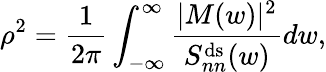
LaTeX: \rho^{2}=\frac{1}{2\pi}\int_{-\infty}^{\infty}\frac{|M(w)|^{2}}{S_{nn}^{\mathrm{ds}}(w)}dw,